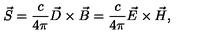
\vec { S } = \frac { c } { 4 \pi } \vec { D } \times \vec { B } = \frac { c } { 4 \pi } \vec { E } \times \vec { H } ,